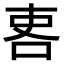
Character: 𠲀